Sketch of the medical history of the native army of Bombay, for the year
Year: 1872
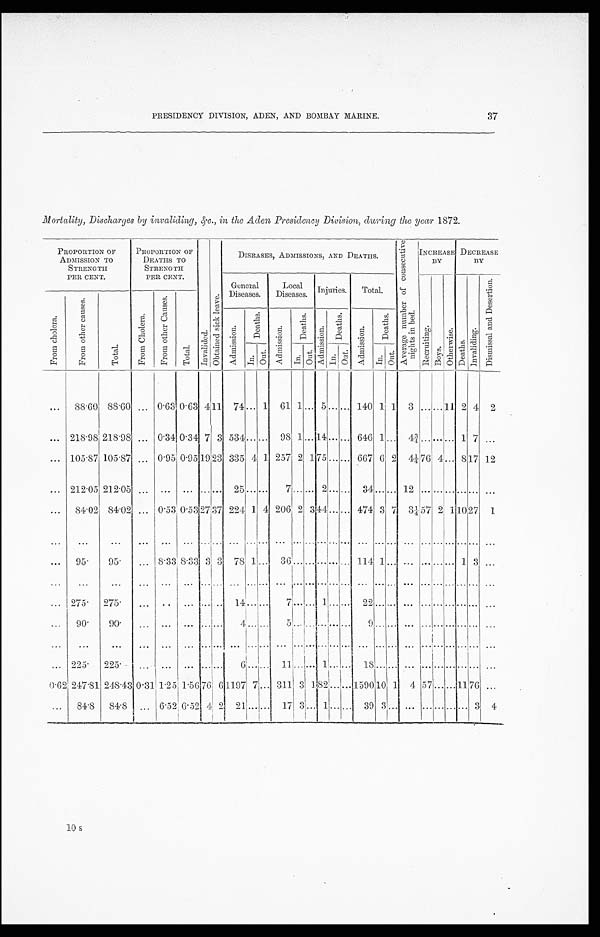
PRESIDENCY DIVISION, ADEN, AND BOMBAY MARINE.
37
Mortality, Discharges by invaliding, &c., in the Aden Presidency Division, during the year 1872.
PROPORTION OF
ADMISSION TO
STRENGTH
PER CENT.
PROPORTION OF
DEATHS TO
STRENGTH
PER CENT.
I nva l i de d.
O b t a i n e d s i c k l e a v e .
DISEASES, ADMISSIONS, AND DEATHS.
A v e r a g e n u m b e r o f c o n s e c u t i v e n i g h t s i n b e d .
INCREASE
BY
DECREASE
BY
Gener al Di seases.
Local
Diseases. Injuries.
Total.
R e c r u i t i n g .
B o y s .
O t h e r w i s e .
D e a t h s .
I n v a l i d i n g .
D i s m i s s a l a n d D e s e r t i o n .
F r o m c h o l e r a .
F r o m o t h e r c a u s e s .
T o t a l .
F r o m C h o l e r a .
F r o m o t h e r C a u s e s .
T o t a l .
A d m i s s i o n .
D e a t h s .
A d m i s s i o n .
D e a t h s .
A d m i s s i o n .
D e a t h s .
A d m i s s i o n .
D e a t h s .
I n . O u t .
I n . O u t .
I n . O u t .
I n . O u t .
...
88.60 88.60 ... 0.63 0.63
4
1 1
7 4
. . . 1 61
1
. . .
5 . . .
. . . 140 1 1 3
. . .
. . .
1 1 2 4 2
... 218.98 218.98 ... 0.34 0.34
7 3
5 3 4 . . . . . . 98 1 . . . 1 4 . . . . . . 646 1 . . .
4 ¾ . . . . . . . . . 1 7
. . .
. . . 105.87 105.87 ... 0.95 0.95
19 2 3
335 4 1 257 2 1 75 ... ... 667 6 2 4¼ 76 4 ... 8
1 7 12
...
2 1 2 . 0 5
2 1 2 . 0 5 ... ... ...
. . . . . .
2 5 . . . . . . 7
. . . . . . 2 . . . . . . 34 . . . . . . 12
. . . . . . . . . . . . . . . ...
. . . 84.02 84.02
. . . 0.53 0.53
27 3 7 224 1 4 206 2 3
4 4 . . . . . . 474 3 7 3¼ 5 7 2 1
1 0 27 1
. . .
. . .
. . .
. . .
. . .
. . .
. . . . . . ...
. . . . . .
. . .
. . . . . . . . . . . . . . . . . .
. . . . . . ...
. . . . . . . . . . . . . . .
. . .
...
95.
95.
... 8.33 8.33 3
3 78 1 ... 36 . . . . . . . . . . . . . . . 114 1 . . . ...
. . . . . . . . . 1 3 ...
... ...
. . .
. . .
... ...
. . . . . .
. . . . . . . . .
. . . . . . . . . . . . . . . . . . ...
. . . . . . ...
. . . . . . . . . . . . . . . ...
... 275.
275.
... ... ...
. . . . . .
1 4 . . . . . .
7
. . . . . . 1 . . . . . . 22
. . . . . . ...
. . . . . . . . . . . . . . .
...
... 90.
90.
... ...
...
. . . . . .
4 . . . . . . 5
. . . . . . . . .
. . . . . . 9
. . . . . . ...
. . . . . . . . . . . . . . . ...
. . .
. . .
. . .
. . .
. . .
...
. . . . . .
. . . . . . . . . ...
. . . . . . . . . . . . . . . ...
. . . . . . ...
. . . . . . . . .
. . . . . .
...
. . . 225. 225.
. . .
. . .
... ...
. . .
6 . . . . . . 11 . . . . . . 1
. . . . . . 18
. . . . . . ...
. . . . . . . . . . . . . . . ...
0 . 6 2 247.81 248.43
0 . 3 1 1.25 1.56 7 6 6
1 1 9 7 7 . . . 311 3 1 8 2 . . . . . . 1590 1 0 1 4
5 7 . . . . . . 1 1 7 6 ...
...
84.8
84.8 . . .
6.52 6.5
2
4 2
2 1 . . . . . . 17 3
. . . 1 . . . . . . 39 3
. . . ...
. . . . . . . . . . . . 3
4